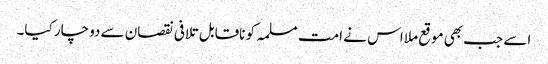
اسے جب بھی موقع ملا اس نے امت مسلمہ کو ناقابل تلافی نقصان سے دوچار کیا۔